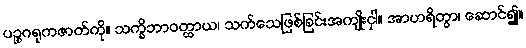
ပဉ္စဂရုကဇာတ်ကို။ သက္ခိဘာဝတ္ထာယ၊ သက်သေဖြစ်ခြင်းအကျိုးငှါ။ အာဟရိတွာ၊ ဆောင်၍။